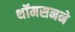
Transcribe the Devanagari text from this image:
थॉमसनने